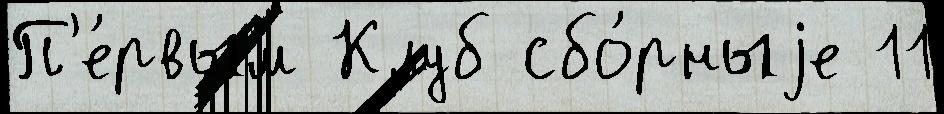
П'е́рвым Клуб сбо́рныjе 11